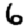
Digit: 6